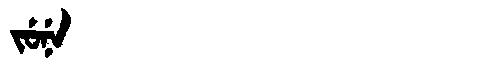
Manchu: ᠵᡠᠨᡝ
Romanization: JUNE